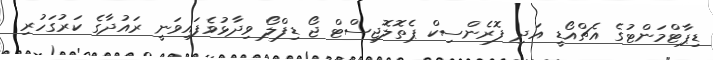
ޑިޕާޓްމަންޓުގެ އެޗްއޯޑީ އަދި ފޮރެންސިކް ޕެތޮލޮޖިސްޓް ޖޯ ޑިފްލޯ ވިދާޅުވެފައިވަނީ ރައުދާގެ ކަރުގަހުރި